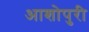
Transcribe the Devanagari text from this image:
आशोपुरी